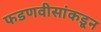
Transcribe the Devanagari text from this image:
फडणवीसांकडून